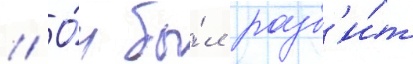
// О́н бы́л разб'и́т